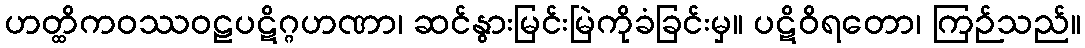
ဟတ္ထိကဝဿဝဠပဋိဂ္ဂဟဏာ၊ ဆင်နွားမြင်းမြဲကိုခံခြင်းမှ။ ပဋိဝိရတော၊ ကြဉ်သည်။